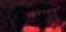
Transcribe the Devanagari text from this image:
अरण्यमें